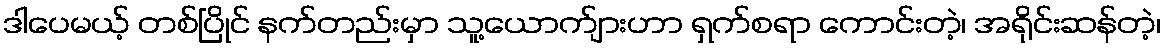
ဒါပေမယ့် တစ်ပြိုင် နက်တည်းမှာ သူ့ယောက်ျားဟာ ရှက်စရာ ကောင်းတဲ့၊ အရိုင်းဆန်တဲ့၊